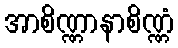
အာစိဏ္ဏာနာစိဏ္ဏံ